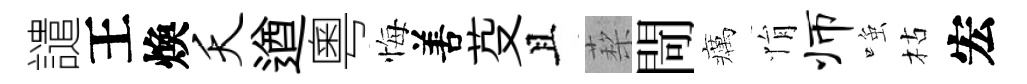
譴王煥夭遒粵悔𠵊芟且蔾閜癘悁师𫪻枯宏